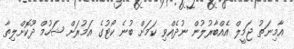
އާމިނަތު ޖަމީލް އެއްބާރުލުން ނުދެއްވި ކަމަށް ބުނެ ކޯޓުގެ އަމުރަށް ޝަހުމް ދޫކޮށްލިތާ